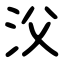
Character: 㳇